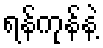
ရန်ကုန်နဲ့